Leaving Certificate Examination (including Day School Certificate (Higher) General paper), 1938
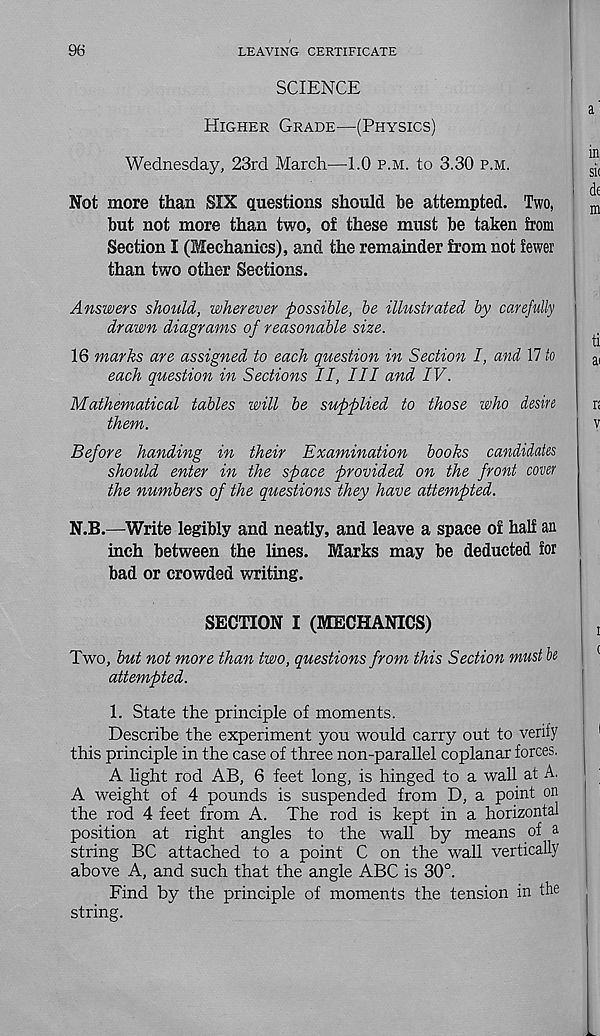
96
LEAVING CERTIFICATE
SCIENCE
Higher Grade—(Physics)
Wednesday, 23rd March—1.0 p.m. to 3.30 p.m.
Not more than SIX questions should be attempted. Two,
but not more than two, of these must be taken from
Section I (Mechanics), and the remainder from not fewer
than two other Sections.
Answers should, wherever possible, be illustrated by carefully
drawn diagrams of reasonable size.
16 marks are assigned to each question in Section I, and 17 to
each question in Sections II, III and IV.
Mathematical tables will be supplied to those who desire
them.
Before handing in their Examination books candidates
should enter in the space provided on the front cover
the numbers of the questions they have attempted.
N.B.—Write legibly and neatly, and leave a space of half an
inch between the lines. Marks may be deducted for
bad or crowded writing.
a
in
si<
di
m
ti
a<
r<
v
SECTION I (MECHANICS)
Two, but not more than two, questions from this Section must be
attempted.
1. State the principle of moments.
Describe the experiment you would carry out to verify
this principle in the case of three non-parallel coplanar forces.
A light rod AB, 6 feet long, is hinged to a wall at A.
A weight of 4 pounds is suspended from D, a point on
the rod 4 feet from A. The rod is kept in a horizontal
position at right angles to the wall by means of a
string BC attached to a point C on the wall vertically
above A, and such that the angle ABC is 30°.
Find by the principle of moments the tension in the
string.